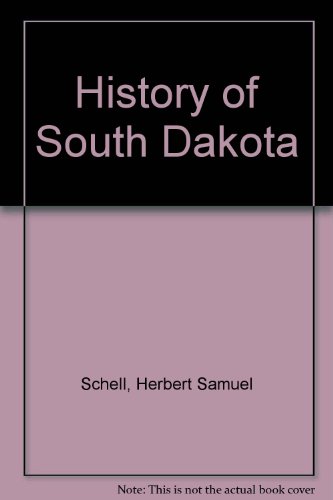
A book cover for History of South Dakota (Third Edition, Revised); Herbert S. Schell; Travel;